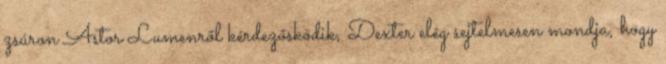
zsúron Astor Lumenről kérdezősködik, Dexter elég sejtelmesen mondja, hogy